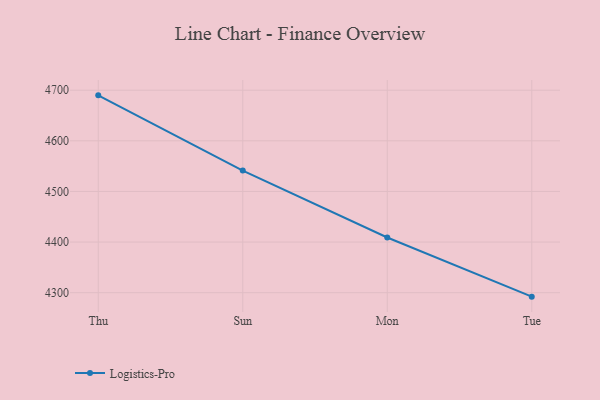
{"axis": {"x": "Day", "y": "Active Users"}, "legend": ["Logistics-Pro"], "data": [{"x": "Thu", "y": 4689.8, "type": "Logistics-Pro"}, {"x": "Sun", "y": 4541.2, "type": "Logistics-Pro"}, {"x": "Mon", "y": 4409.1, "type": "Logistics-Pro"}, {"x": "Tue", "y": 4292.2, "type": "Logistics-Pro"}]}